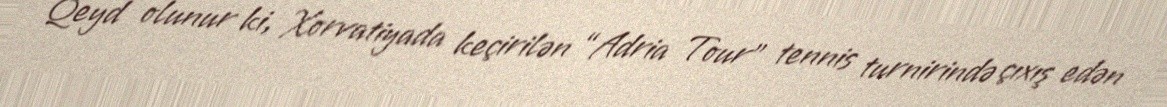
Qeyd olunur ki, Xorvatiyada keçirilən “Adria Tour” tennis turnirində çıxış edən